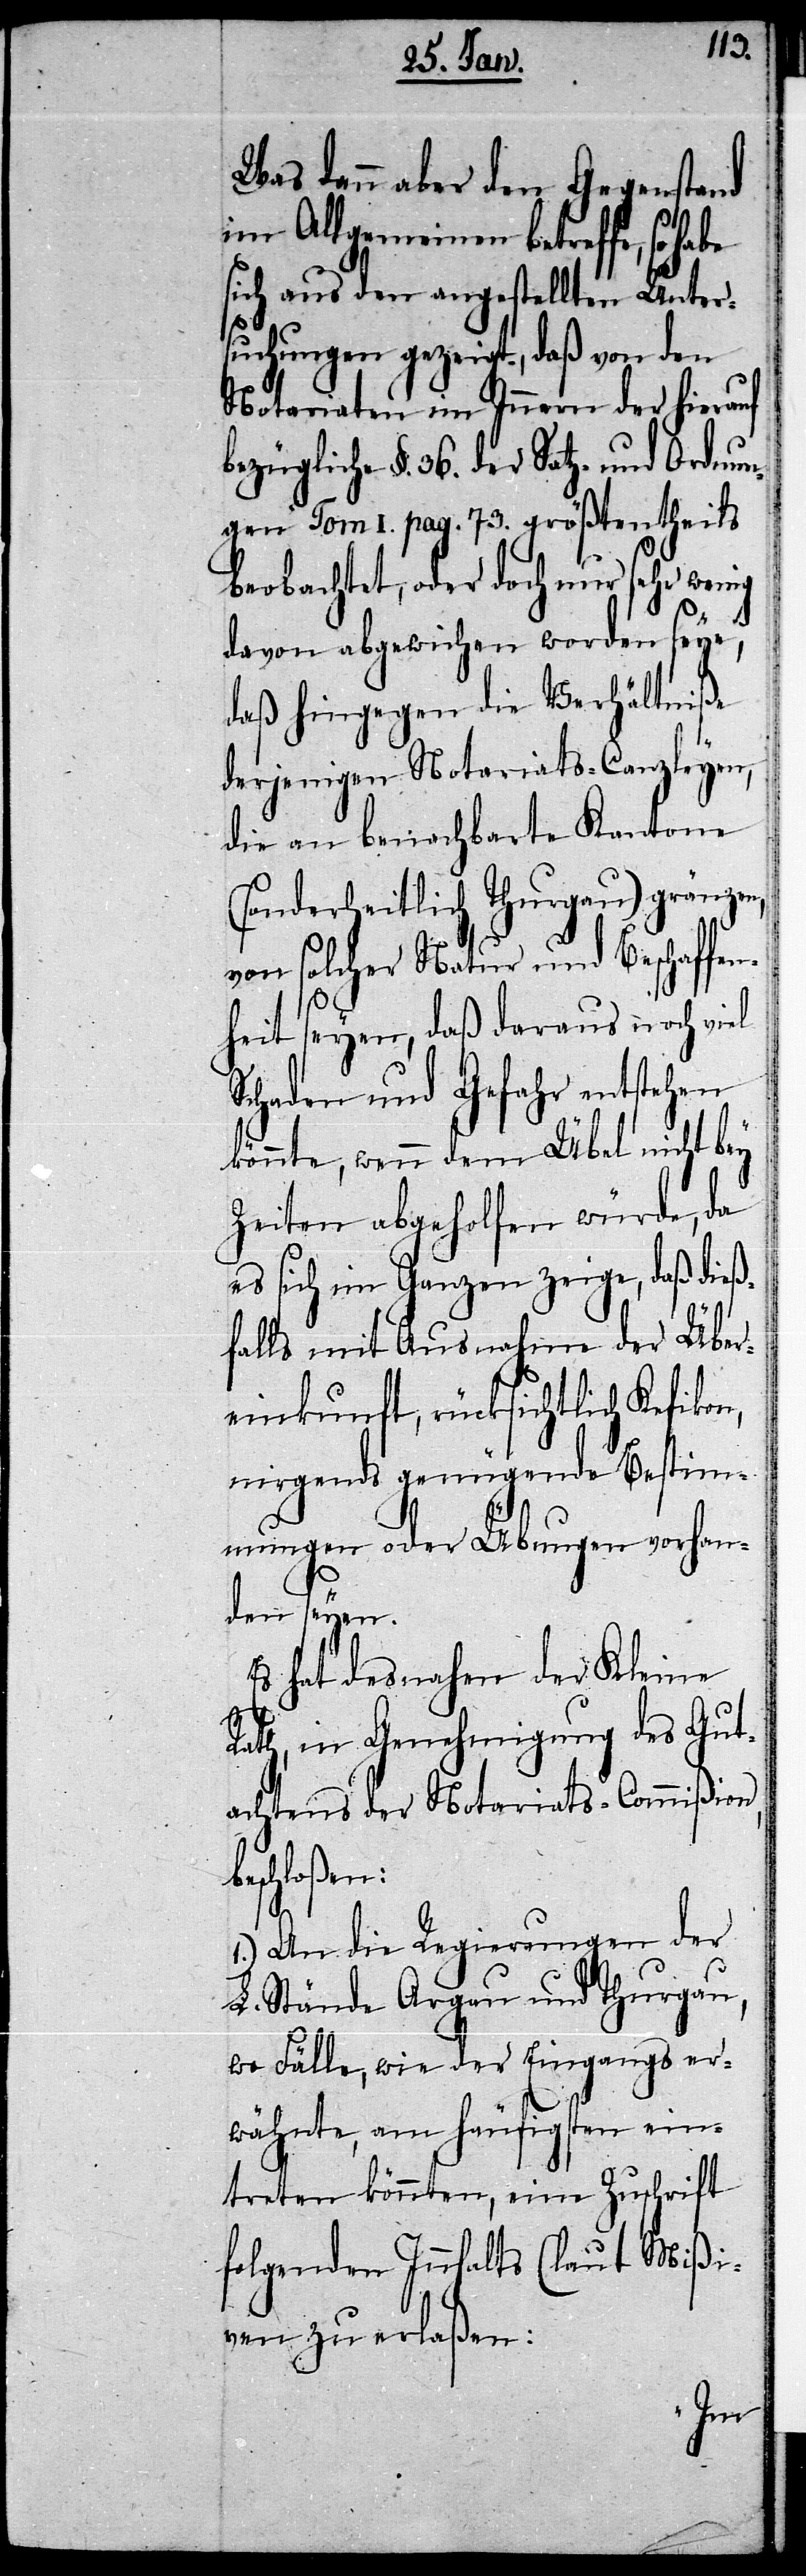
Was dann aber den Gegenstand
im Allgemeinen betreffe, so habe
sich aus den angestellten Unter¬
suchungen gezeigt, daß von den
Notariaten im Innern der hierauf
bezügliche §. 36. der Satz- und Ordnun¬
gen Tom I. pag. 73. größtentheils
beobachtet, oder doch nur sehr wenig
davon abgewichen worden seye,
daß hingegen die Verhältniße
derjenigen Notariats-Canzleyen,
die an benachbarte Kantone
(sonderheitlich Thurgau) gränzen,
von solcher Natur und Beschaffen¬
b¬
heit seyen, daß daraus noch viel
Schaden und Gefahr entstehen
könnte, wenn dem Übel nicht bey
Zeiten abgeholfen würde, da
es sich im Ganzen zeige, daß dieß¬
falls mit Ausnahme der Über¬
einkunft, rücksichtlich Kefikon,
nirgends genügende Bestimm¬
ungen oder Übungen vorhan¬
den seyen.
Es hat desnahen der Kleine
Rath, in Genehmigung des Gut¬
achtens der Notariats-Commißion,
eschloßen:
1.) An die Regierungen der
L. Stände Argau und Thurgau,
wo Fälle, wie der Eingangs er¬
wähnte, am häufigsten ein¬
treten könnten, eine Zuschrift
folgenden Inhalts (laut Mißi¬
ven[)] zu erlaßen: